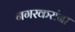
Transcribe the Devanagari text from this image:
नगरकरांना